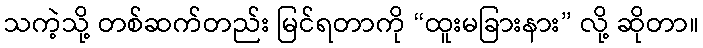
သကဲ့သို့ တစ်ဆက်တည်း မြင်ရတာကို “ထူးမခြားနား” လို့ ဆိုတာ။